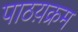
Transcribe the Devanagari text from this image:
पाठय़क्रम